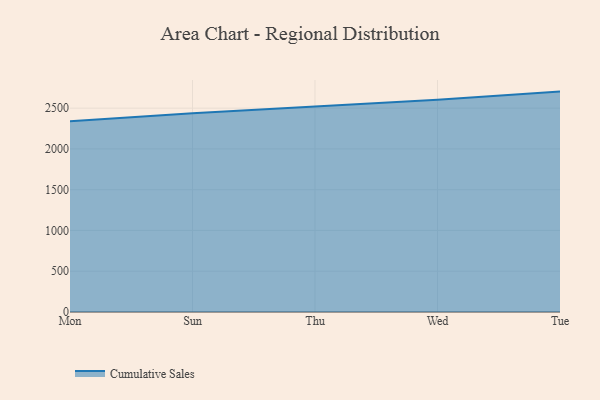
{"axis": {"x": "Day", "y": "Production Output"}, "legend": ["Cumulative Sales"], "data": [{"x": "Mon", "y": 2338.9, "type": "Cumulative Sales"}, {"x": "Sun", "y": 2437.5, "type": "Cumulative Sales"}, {"x": "Thu", "y": 2520.9, "type": "Cumulative Sales"}, {"x": "Wed", "y": 2601.6, "type": "Cumulative Sales"}, {"x": "Tue", "y": 2703.0, "type": "Cumulative Sales"}]}